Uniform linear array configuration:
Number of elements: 32
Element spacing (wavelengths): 0.25
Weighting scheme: hamming
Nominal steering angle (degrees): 60
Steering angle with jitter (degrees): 60.873
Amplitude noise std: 0.05
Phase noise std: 0.05

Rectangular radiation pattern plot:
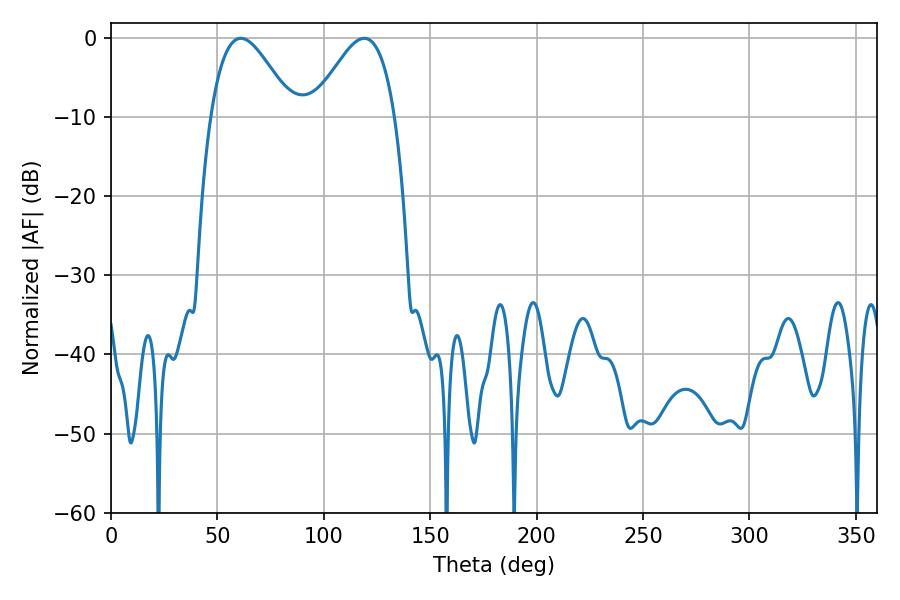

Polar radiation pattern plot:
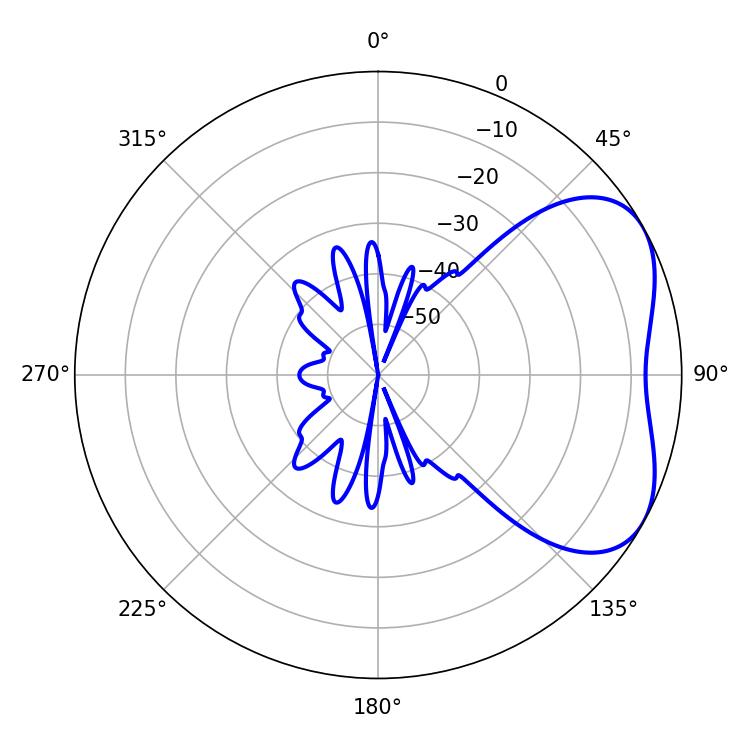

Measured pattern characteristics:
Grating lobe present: FALSE
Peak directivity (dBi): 4.41
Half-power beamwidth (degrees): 20.52
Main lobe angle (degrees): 61.02